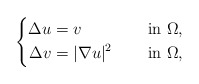
\begin{align*}\left\{\begin{aligned}\Delta u&=v &&\quad\mbox{ in } \Omega, \\\Delta v&=|\nabla u|^2 &&\quad\mbox{ in } \Omega,\end{aligned}\right.\end{align*}